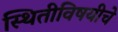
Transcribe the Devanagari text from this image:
स्थितीविषयीचे